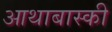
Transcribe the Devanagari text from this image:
आथाबास्की